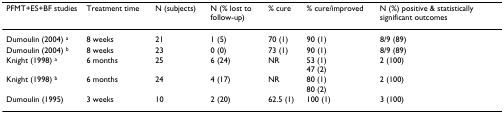
<table><thead><tr><td><b>PFMT+ES+BF studies</b></td><td><b>Treatment time</b></td><td><b>N (subjects)</b></td><td><b>N (% lost to follow-up)</b></td><td><b>% cure</b></td><td><b>% cure/improved</b></td><td><b>N (%) positive &amp; statistically significant outcomes</b></td></tr></thead><tbody><tr><td>Dumoulin (2004) <sup>a</sup></td><td>8 weeks</td><td>21</td><td>1 (5)</td><td>70 (1)</td><td>90 (1)</td><td>8/9 (89)</td></tr><tr><td>Dumoulin (2004) <sup>b</sup></td><td>8 weeks</td><td>23</td><td>0 (0)</td><td>73 (1)</td><td>90 (1)</td><td>8/9 (89)</td></tr><tr><td>Knight (1998) <sup>a</sup></td><td>6 months</td><td>25</td><td>6 (24)</td><td>NR</td><td>53 (1)47 (2)</td><td>2 (100)</td></tr><tr><td>Knight (1998) <sup>b</sup></td><td>6 months</td><td>24</td><td>4 (17)</td><td>NR</td><td>80 (1)80 (2)</td><td>2 (100)</td></tr><tr><td>Dumoulin (1995)</td><td>3 weeks</td><td>10</td><td>2 (20)</td><td>62.5 (1)</td><td>100 (1)</td><td>3 (100)</td></tr></tbody></table>